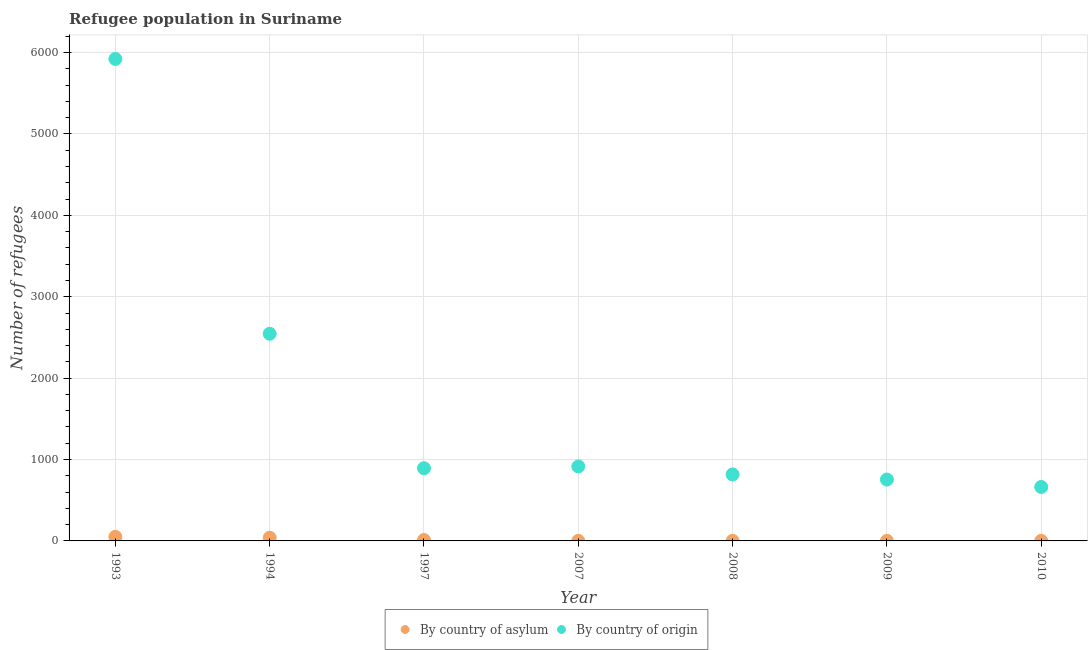
| Year | By country of asylum | By country of origin |
 | --- | --- | --- |
 | 1993 | 50 | 5.92e+03 |
 | 1994 | 39 | 2.54e+03 |
 | 1997 | 11 | 893 |
 | 2007 | 1 | 915 |
 | 2008 | 1 | 817 |
 | 2009 | 1 | 754 |
 | 2010 | 1 | 663 |